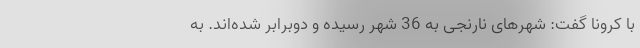
با کرونا گفت: شهرهای نارنجی به 36 شهر رسیده و دوبرابر شده‌اند. به